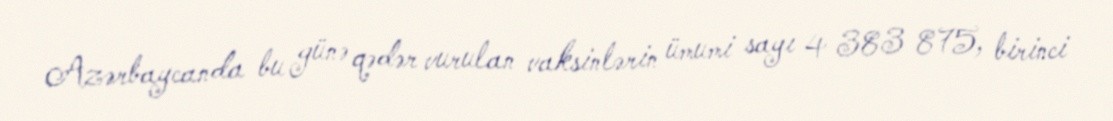
Azərbaycanda bu günə qədər vurulan vaksinlərin ümumi sayı 4 383 875, birinci